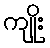
ကျိုး